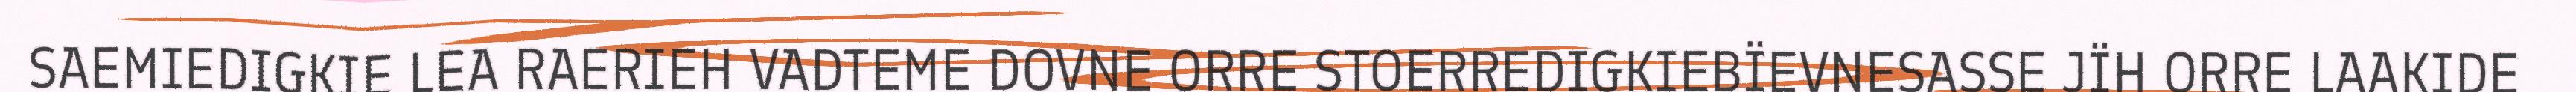
SAEMIEDIGKIE LEA RAERIEH VADTEME DOVNE ORRE STOERREDIGKIEBÏEVNESASSE JÏH ORRE LAAKIDE